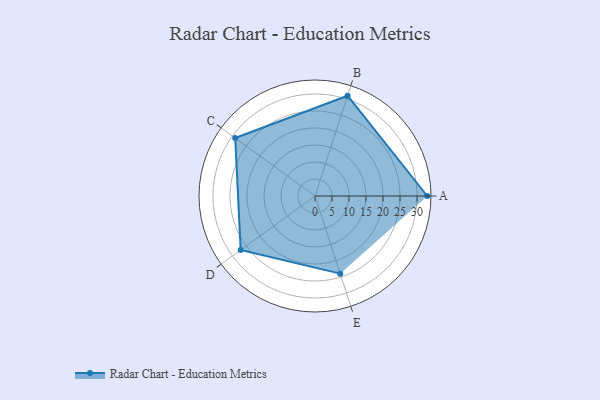
{"axis": {"x": "Skill", "y": "Score"}, "legend": ["Profile"], "data": [{"x": "A", "y": 33.0, "type": "Profile"}, {"x": "B", "y": 31.0, "type": "Profile"}, {"x": "C", "y": 29.0, "type": "Profile"}, {"x": "D", "y": 27.0, "type": "Profile"}, {"x": "E", "y": 24.0, "type": "Profile"}]}